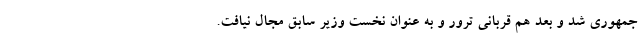
جمهوری شد و بعد هم قربانی ترور و به عنوان نخست وزیر سابق مجال نیافت.